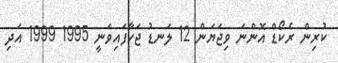
ކުރިން ރެކޯޑް އޮންނަ ވިޖަޔަން 12 ލަނޑު ޖަހާފައިވަނީ 1995 1999 އަދި